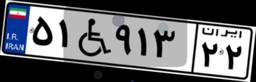
۵۱W۹۱۳۲۲